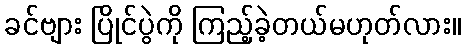
ခင်ဗျား ပြိုင်ပွဲကို ကြည့်ခဲ့တယ်မဟုတ်လား။